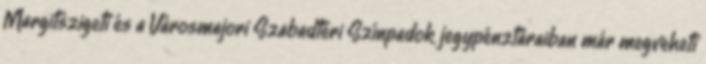
Margitszigeti és a Városmajori Szabadtéri Színpadok jegypénztáraiban már megveheti